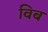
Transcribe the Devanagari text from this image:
विब